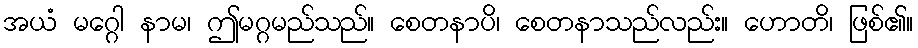
အယံ မဂ္ဂေါ နာမ၊ ဤမဂ္ဂမည်သည်။ စေတနာပိ၊ စေတနာသည်လည်း။ ဟောတိ၊ ဖြစ်၏။